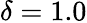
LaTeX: \delta=1.0